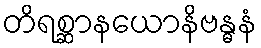
တိရစ္ဆာနယောနိဗန္ဓနံ